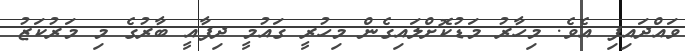
ވައްދައިފި އެވެ. މިހާރު މަޑުކޮށްލައިގެން މިހުރީ ގައުމީ ދިފާއީ ބާރުގެ މި މަރުކަޒު